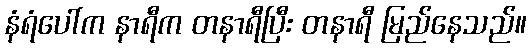
နံရံပေါ်က နာရီက တနာရီပြီး တနာရီ မြည်နေသည်။